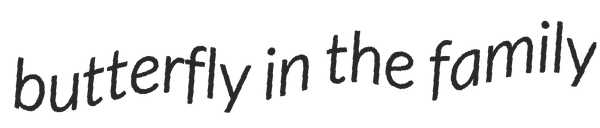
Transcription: butterfly in the family